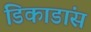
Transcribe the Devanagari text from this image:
डिकाडांस